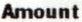
AMOUNT